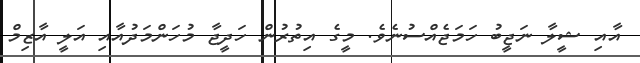
އާއި ޝީލާ ނަޖީބު ހަމަޖެއްސުނެވެ. މީގެ އިތުރުން ހަދީޖާ މުހަންމަދުއާއި އަލީ އާޒިމް